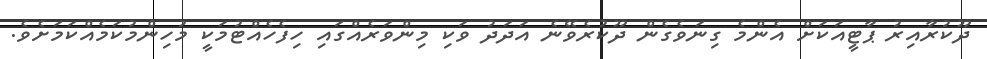
ދޫކުރާއިރު ޕާޓީއަކަށް އެންމެ ގިނަވެގެން ދޫކުރެވޭނެ އަދަދު ވަކި މިންވަރެއްގައި ހިފެހެއްޓުމަކީ މުހިންމުކަމެއްކަމަށެވެ.